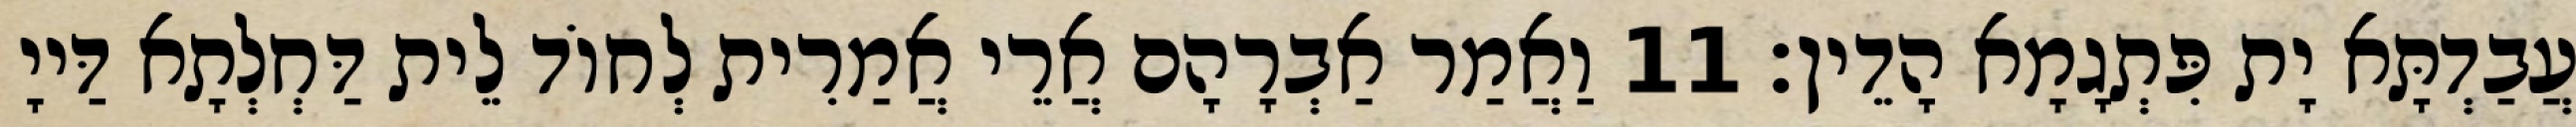
עֲבַדְתָּא יָת פִּתְגָמָא הָדֵין׃ 11 וַאֲמַר אַבְרָהָם אֲרֵי אֲמַרִית לְחוֹד לֵית דַּחְלְתָא דַּייָ